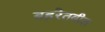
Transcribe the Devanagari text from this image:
बहरेतबील